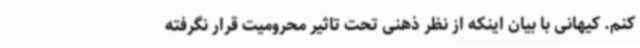
کنم. کیهانی با بیان اینکه از نظر ذهنی تحت تاثیر محرومیت قرار نگرفته